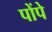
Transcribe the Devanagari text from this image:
पोंपे